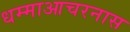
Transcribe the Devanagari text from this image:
धम्माआचरनास